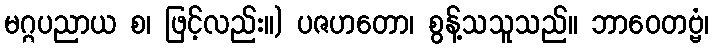
မဂ္ဂပညာယ စ၊ ဖြင့်လည်း။) ပဇဟတော၊ စွန့်သသူသည်။ ဘာဝေတဗ္ဗံ၊